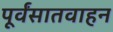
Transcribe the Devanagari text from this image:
पूर्वंसातवाहन